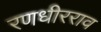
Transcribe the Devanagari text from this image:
रणधीरराव